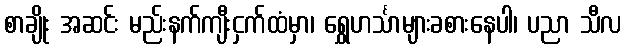
စာချိုး အဆင်း မည်းနက်ကျီးငှက်ထံမှာ၊ ရွှေဟင်္သာများခစားနေပါ၊ ပညာ သီလ